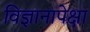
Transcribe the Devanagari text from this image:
विज्ञानापेक्षा